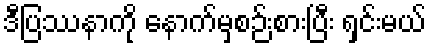
ဒီပြဿနာကို နောက်မှစဉ်းစားပြီး ရှင်းမယ်